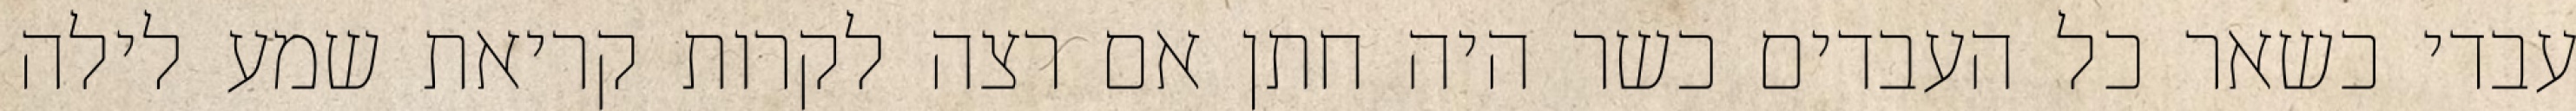
עבדי כשאר כל העבדים כשר היה חתן אם רצה לקרות קריאת שמע לילה